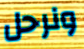
ونرحل